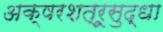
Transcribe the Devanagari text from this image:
अक्षरशत्रूसुद्धा